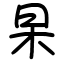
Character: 杲